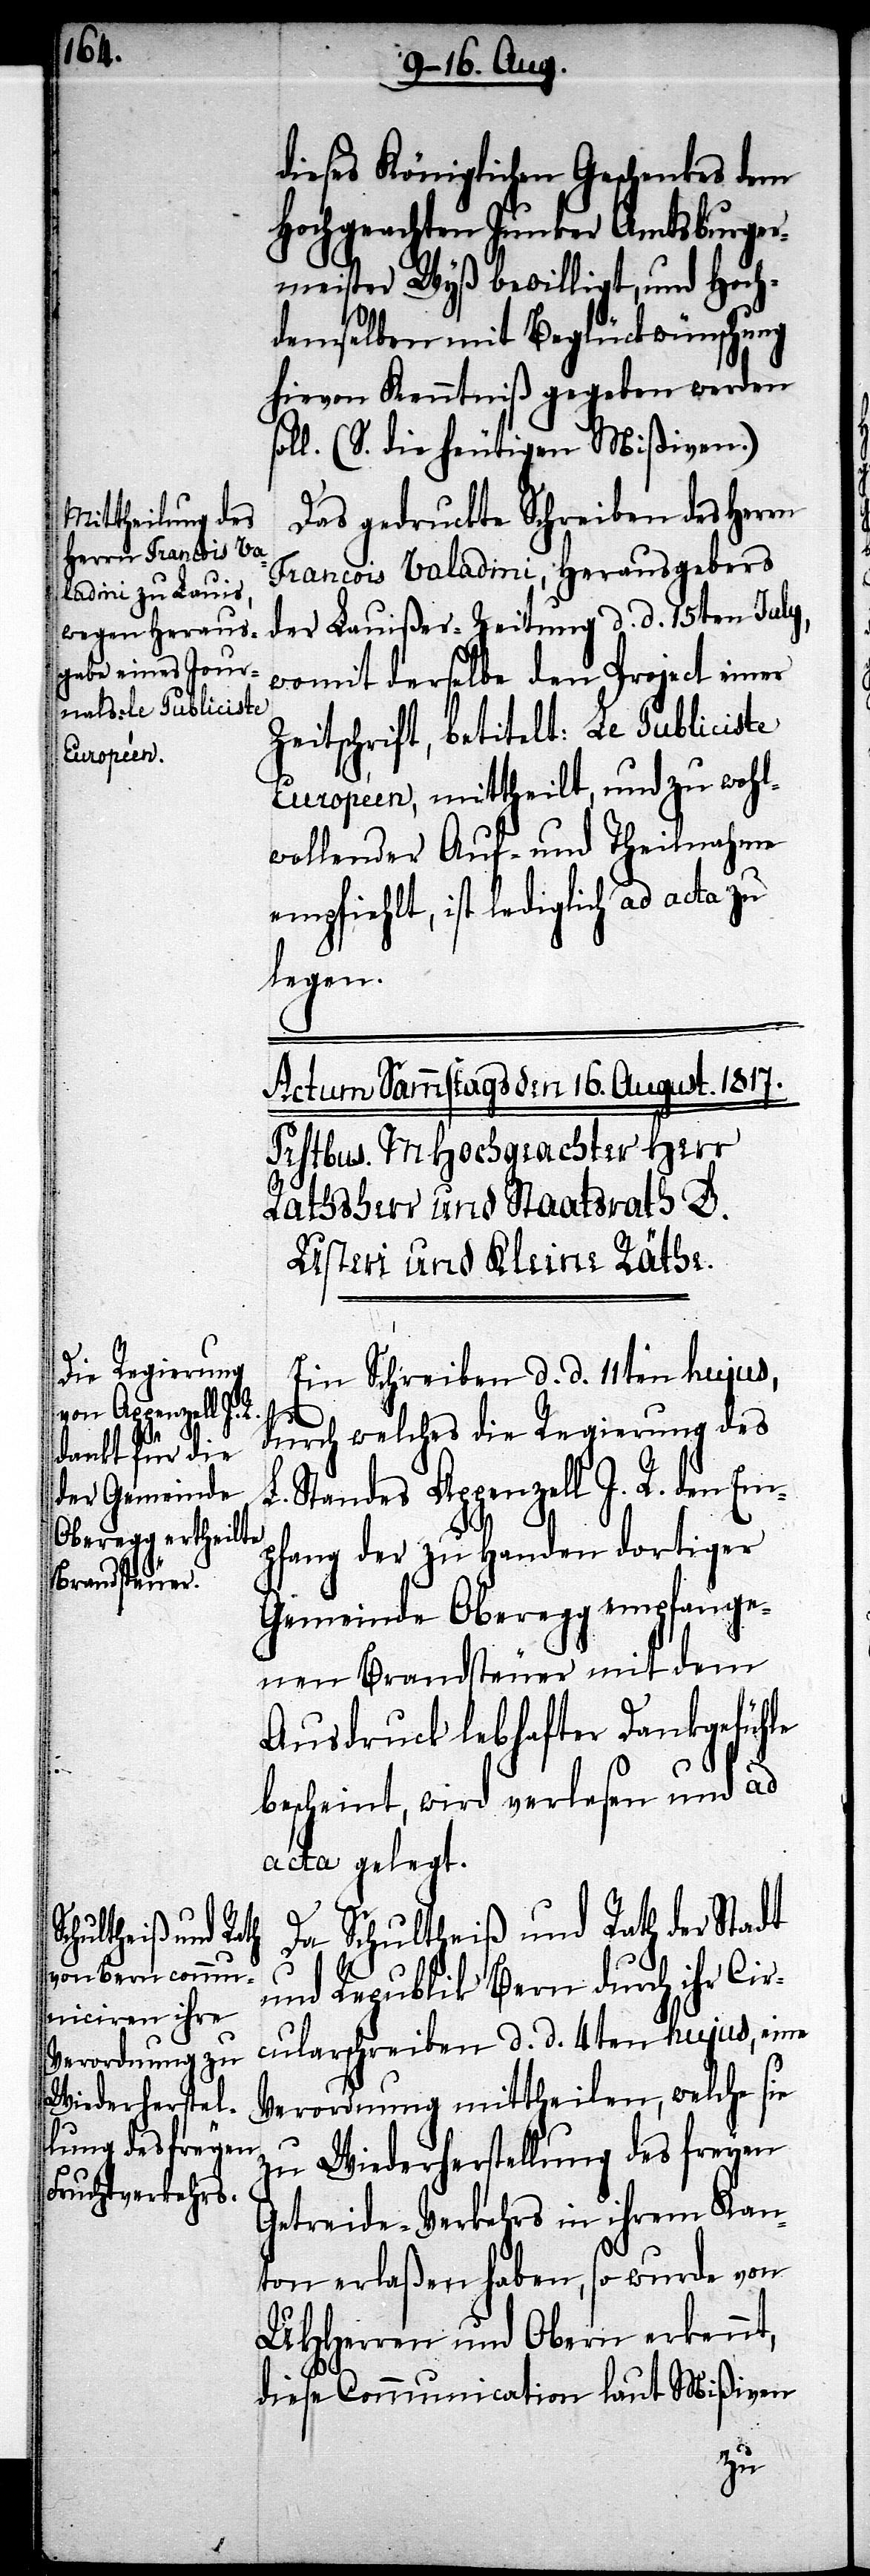
dieses Königlichen Geschenkes dem
Hochgeachten Junker Amtsburger¬
meister Wyß bewilligt, und Hoch¬
demselben mit Beglückwünschung
hievon Kenntniß gegeben werden
oll. (S. die heutigen Mißiven.)
Das gedruckte Schreiben der Herrn
Francois Valadini, Herausgebers
der Lauißer-Zeitung d. d. 15ten July,
womit derselbe den Project einer
Zeitschrift, betitelt: Le Publiciste
Européen, mittheilt, und zu wohl¬
wollender Auf- und Theilnahme
empfiehlt, ist lediglich ad acta zu
legen.
Ein Schreiben d. d. 11ten hujus,
durch welches die Regierung des
L. Standes Appenzell I. R. den Em¬
pfang der zu Handen dortiger
Gemeinde Oberegg empfange¬
nen Brandsteuer mit dem
Ausdruck lebhafter Dankgefühle
bescheint, wird verlesen und ad
acta gelegt.
Da Schultheiß und Rath der Stadt
und Republik Bern durch ihr Cir¬
cularschreiben d. d. 4ten hujus eine
Verordnung mittheilen, welche sie
zu Wiederherstellung des freyen
Getreide-Verkehrs in ihrem Kan¬
ton erlaßen haben, so wurde von
UHHerren und Obern erkennt,
s¬
diese Communication laut Mißiven